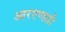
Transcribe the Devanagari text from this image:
आरएण्डडी